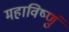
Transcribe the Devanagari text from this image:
महाविष्णुं